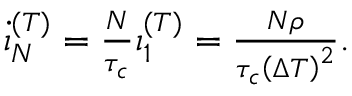
\begin{array} { r } { \dot { \i } _ { N } ^ { ( T ) } = \frac { N } { \tau _ { c } } \i _ { 1 } ^ { ( T ) } = \frac { N \rho } { \tau _ { c } \left( \Delta T \right) ^ { 2 } } . } \end{array}